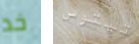
خد تيتوس